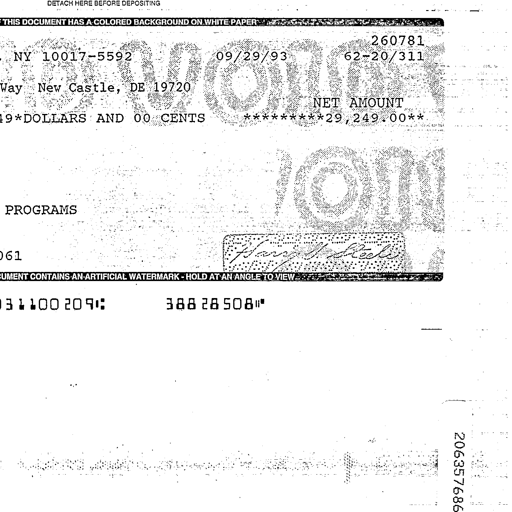
DETACH HERE BEFORE DEPOSITING
THIS DOCUMENT HAS A COLORED BACKGROUND ON WHITE PAPER
260781
NY 10017-5592 09/29/93 62-20/311
Way New Castle, DE 19720
NET AMOUNT
49*DOLLARS AND 00 CENTS *********29,249.00**
PROGRAMS
061 Harry S. Steele
CUMENT CONTAINS AN ARTIFICIAL WATERMARK - HOLD AT AN ANGLE TO VIEW
031100209: 38828508"
206357686